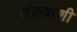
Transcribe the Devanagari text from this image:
संख्यांशी